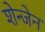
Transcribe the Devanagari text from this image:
शेन्जेन